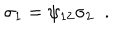
\sigma _ { 1 } = \psi _ { 1 2 } \sigma _ { 2 } \; \; .